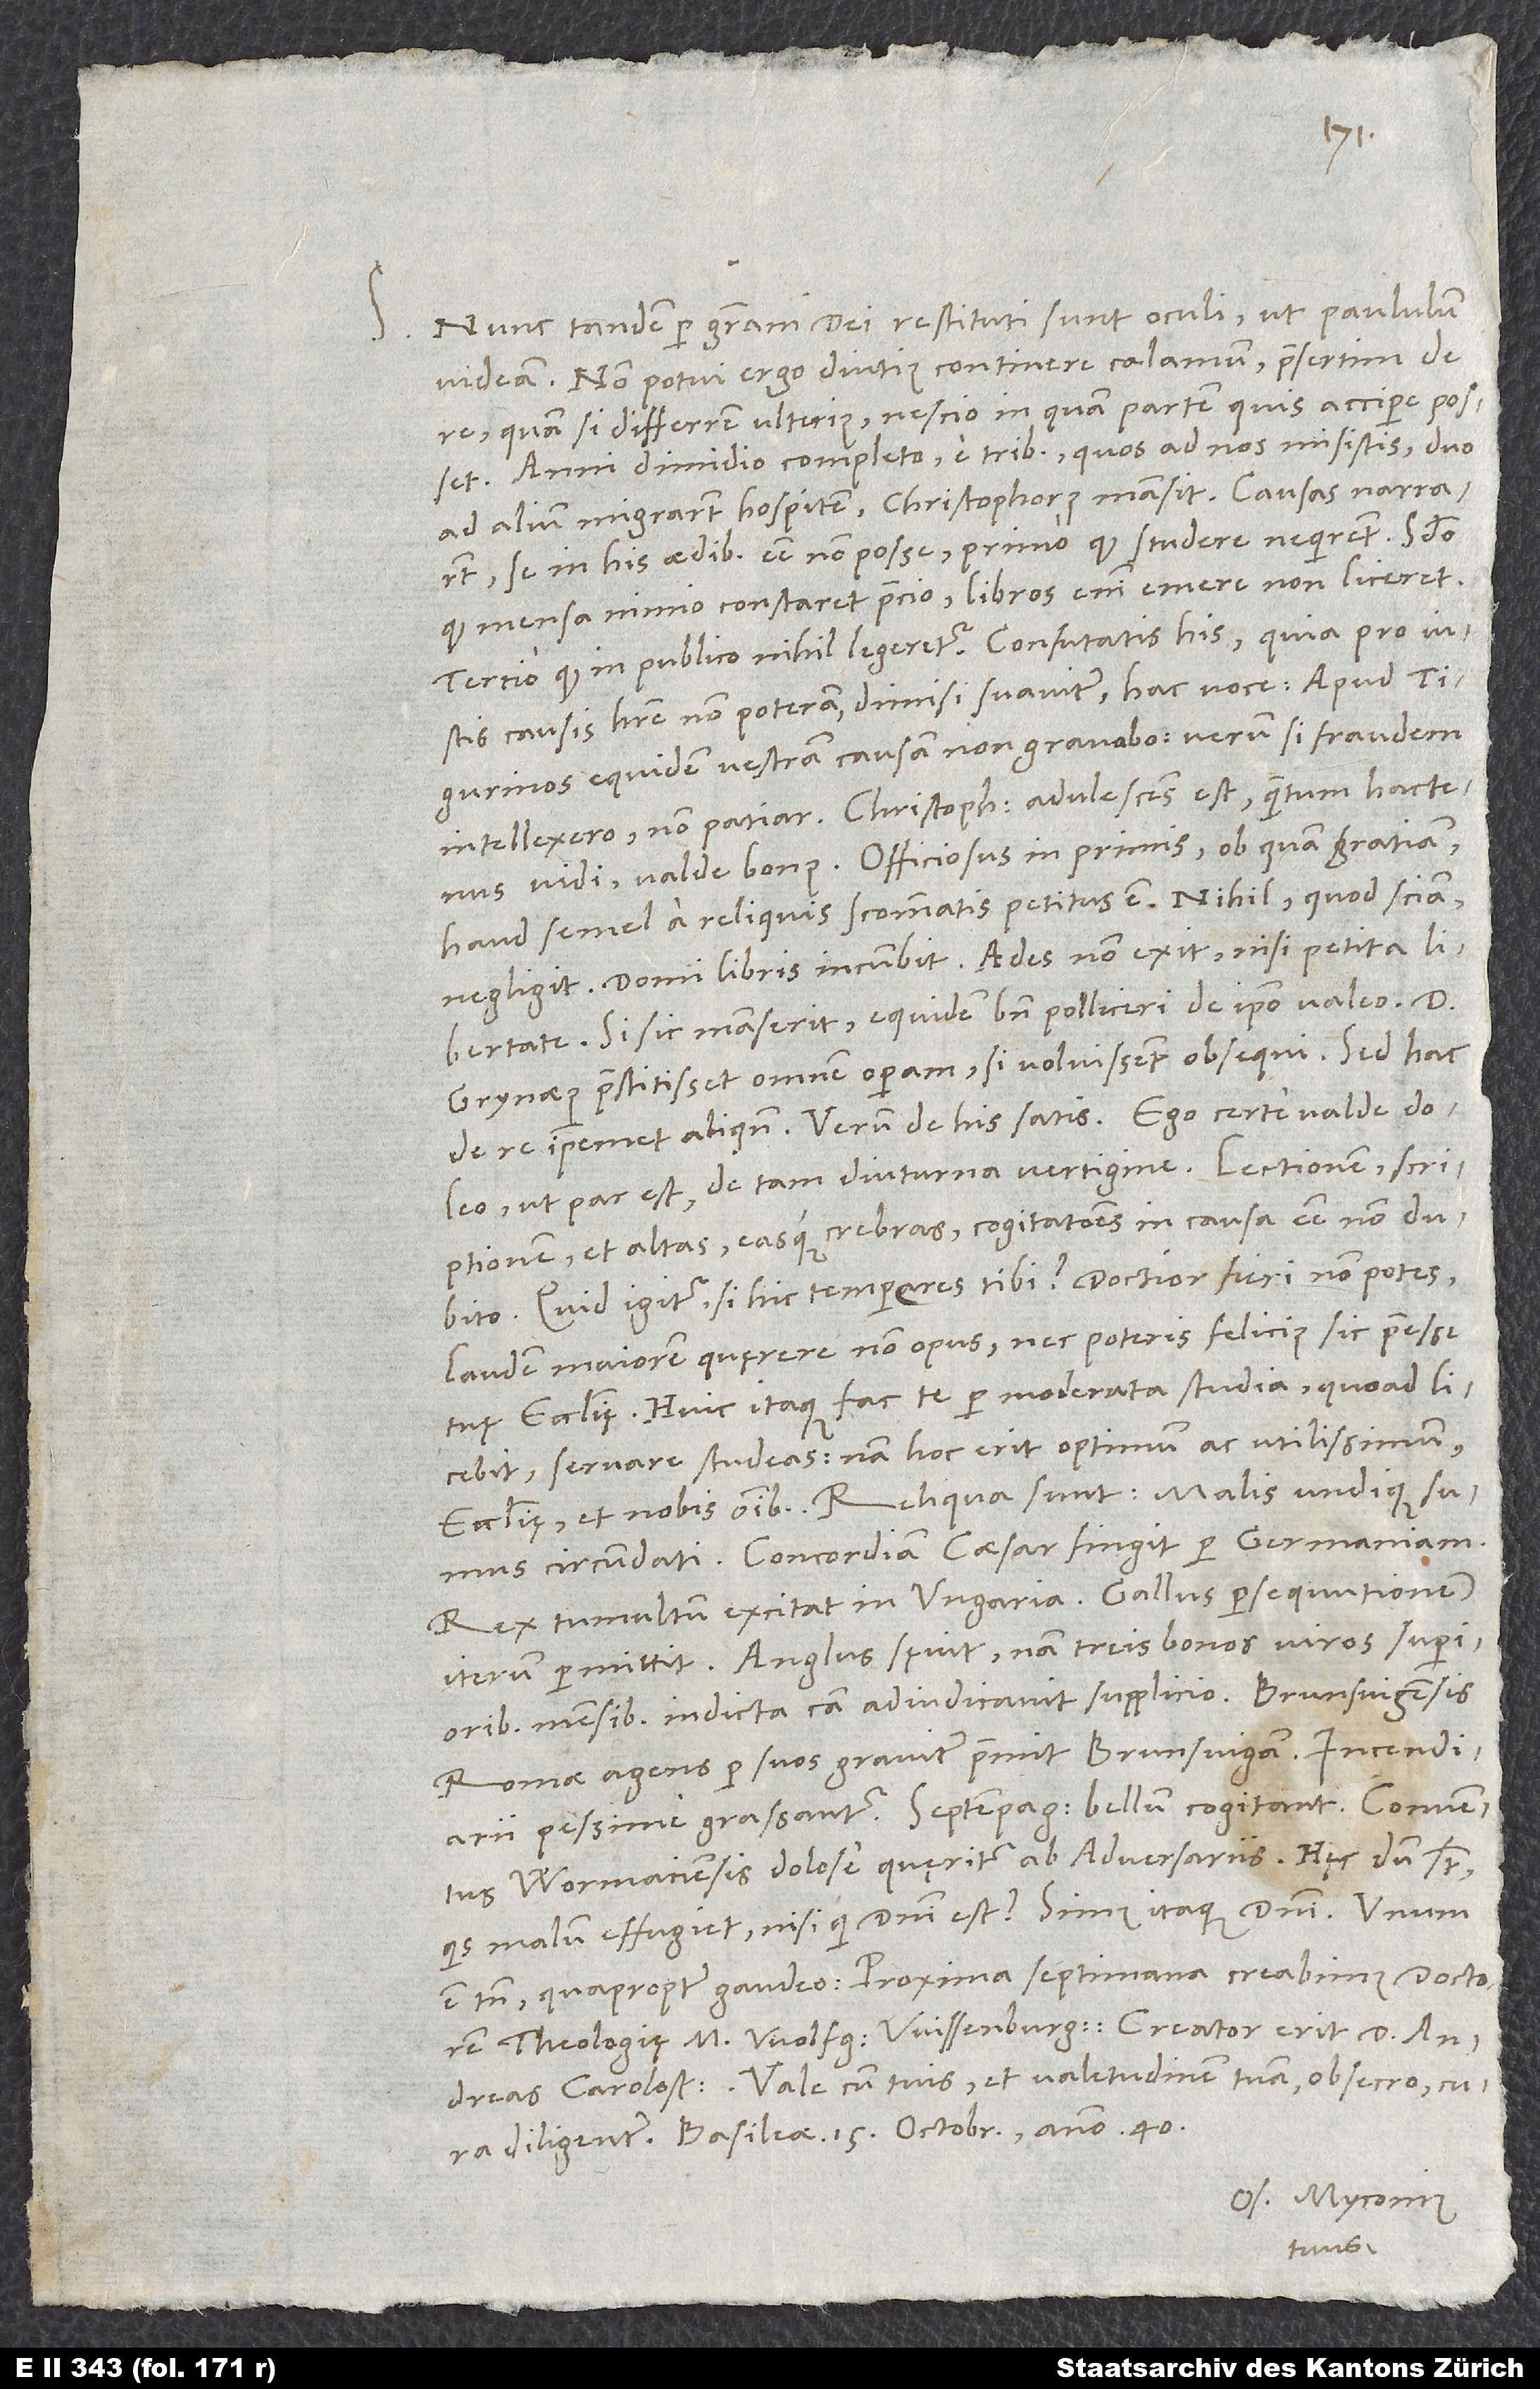
S. Nunc tandem per gratiam dei restituti sunt oculi, ut paululum
Non potui ergo diutius continere calamum, praesertim de
quam si differrem ulterius, nescio in quam partem quis accipere posset.
Anni dimidio completo e tribus, quos ad nos misistis, duo
ad alium migrarunt hospitem; Christophorus mansit. Causas narrarunt
se in his aedibus esse non posse, primo, quod studere nequirent, secundo,
quod mensa nimio constaret precio, libros enim emere non liceret,
tertio, quod in publico nihil legeretur. Confutatis his, quia pro iustis
causis habere non poteram, dimisi suaviter hac voce: „Apud
Tigurinos equidem vestram causam non gravabo; verum si fraudem
intellexero, non patiar.“ Christophorus adulescens est, quantum hactenus
vidi, valde bonus, officiosus in primis, ob quam gratiam
haud semel a reliquis scommatis petitus est. Nihil, quod sciam,
negligit. Domi libris incumbit. Aedes non exit nisi petita libertate.
Si hic manserit, equidem bene polliceri de ipso valeo. Dominus
Grynaeus praestitisset omnem operam, si voluissent obsequi. Sed hac
ut par est, de tam diuturna vertigine. Lectionem, scriptionem
et altas easque crebras cogitationes in causa esse non dubito.
Quid igitur, si hic temperes tibi? Doctior fieri non potes,
laudem maiorem quęrere non opus, nec poteris felicius sic praeesse
tuę ecclesię. Huic itaque fac te per moderata studia, quoad licebit,
servare studeas; nam hoc erit optimum ac utilissimum
circumdati. Concordiam caesar fingit per Germaniam.
Rex tumultum excitat in Ungaria. Gallus persequutionem
iterum permittit. Anglus sęvit, nam treis bonos viros superioribus
mensibus indicta causa adiudicavit supplicio. Brunsvigensis
Romae agens per suos graviter premit Brunsvigam. Incendiarii
pessime grassantur. Septempag bellum cogitant. Conventus
Wormaciensis dolose quęritur ab adversariis. Hęc dum sunt,
quis malum effugiet, nisi qui domini est? Simus itaque domini.
est tamen, quapropter gaudeo: Proxima septimana creabimus doctorem
theologię M. Wolfgangum Wissenburgium. Creator erit D. Andreas
Vale cum tuis et valetudinem tuam, obsecro, cura
diligenter. Basileae, 15. octobris anno 40.
Os. Myconius
tuus.